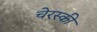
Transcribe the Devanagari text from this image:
चेरस्की